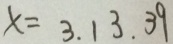
x = 3 . 1 3 . 3 9